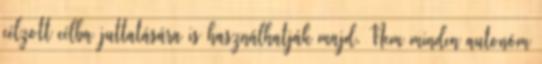
célzott célba juttatására is használhatják majd. Nem minden autonóm